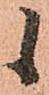
候